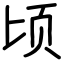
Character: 顷